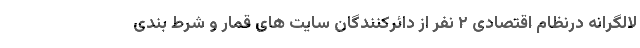
لالگرانه درنظام اقتصادی ۲ نفر از دائرکنندگان سایت های قمار و شرط بندی